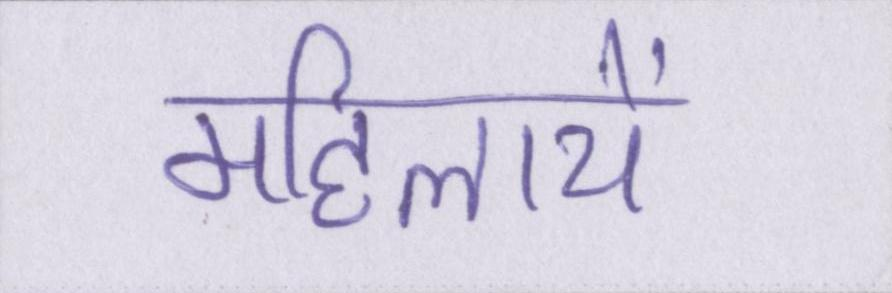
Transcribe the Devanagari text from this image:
महिलायें